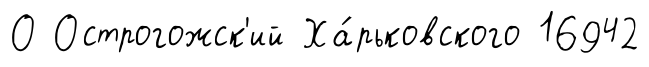
О Острогожск'ий Ха́рьковского 16942